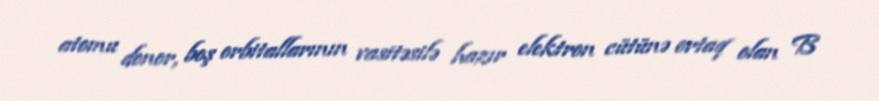
atomu donor, boş orbitallarının vasitəsilə hazır elektron cütünə ortaq olan B